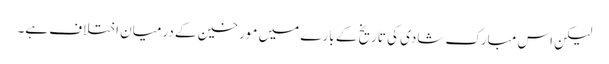
لیکن اس مبارک شادی کی تاریخ کے بارے میں مورخین کے درمیان اختلاف ہے۔